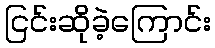
ငြင်းဆိုခဲ့ကြောင်း